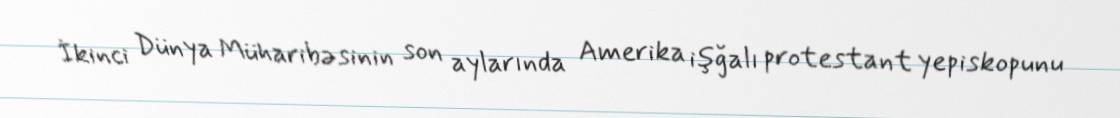
İkinci Dünya Müharibəsinin son aylarında Amerika işğalı protestant yepiskopunu